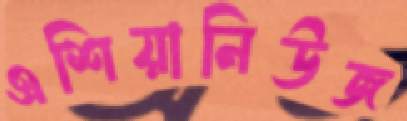
এশিয়ানিউজ